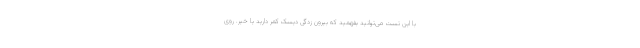
با این تست می‌توانید بفهمید که بیرون زدگی دیسک کمر دارید یا خیر. روی